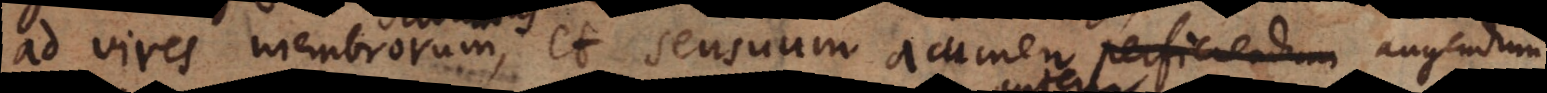
ad vires membrorum et sensuum acumen augendum